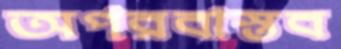
অপরবাস্তব